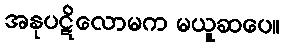
အနုပဋိလောမက မယူဆပေ။